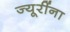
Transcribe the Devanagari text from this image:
ज्यूरींना